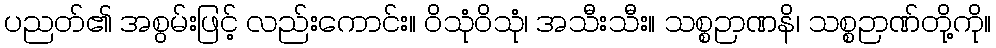
ပညတ်၏ အစွမ်းဖြင့် လည်းကောင်း။ ဝိသုံဝိသုံ၊ အသီးသီး။ သစ္စဉာဏနိ၊ သစ္စဉာဏ်တို့ကို။